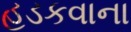
હડકવાના